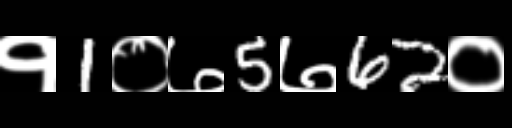
Text: १1०७5७62०